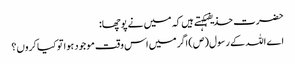
حضرت حذیفہکہتے ہیں کہ میں نے پوچھا:
اے اللہ کے رسول(ص) اگر میں اس وقت موجود ہوا تو کیا کروں؟